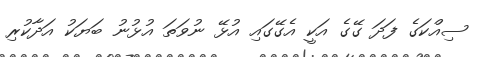
ސިއްކަގެ ފަދަ ގޭގެ އަކީ އެގޭގައި އުޅޭ ނުވަތަ އުޅުނު ބަޔަކު އަދާކުރި